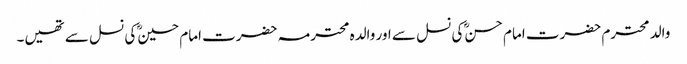
والد محترم حضرت امام حسنؓ کی نسل سے اور والدہ محترمہ حضرت امام حسینؓ کی نسل سے تھیں۔